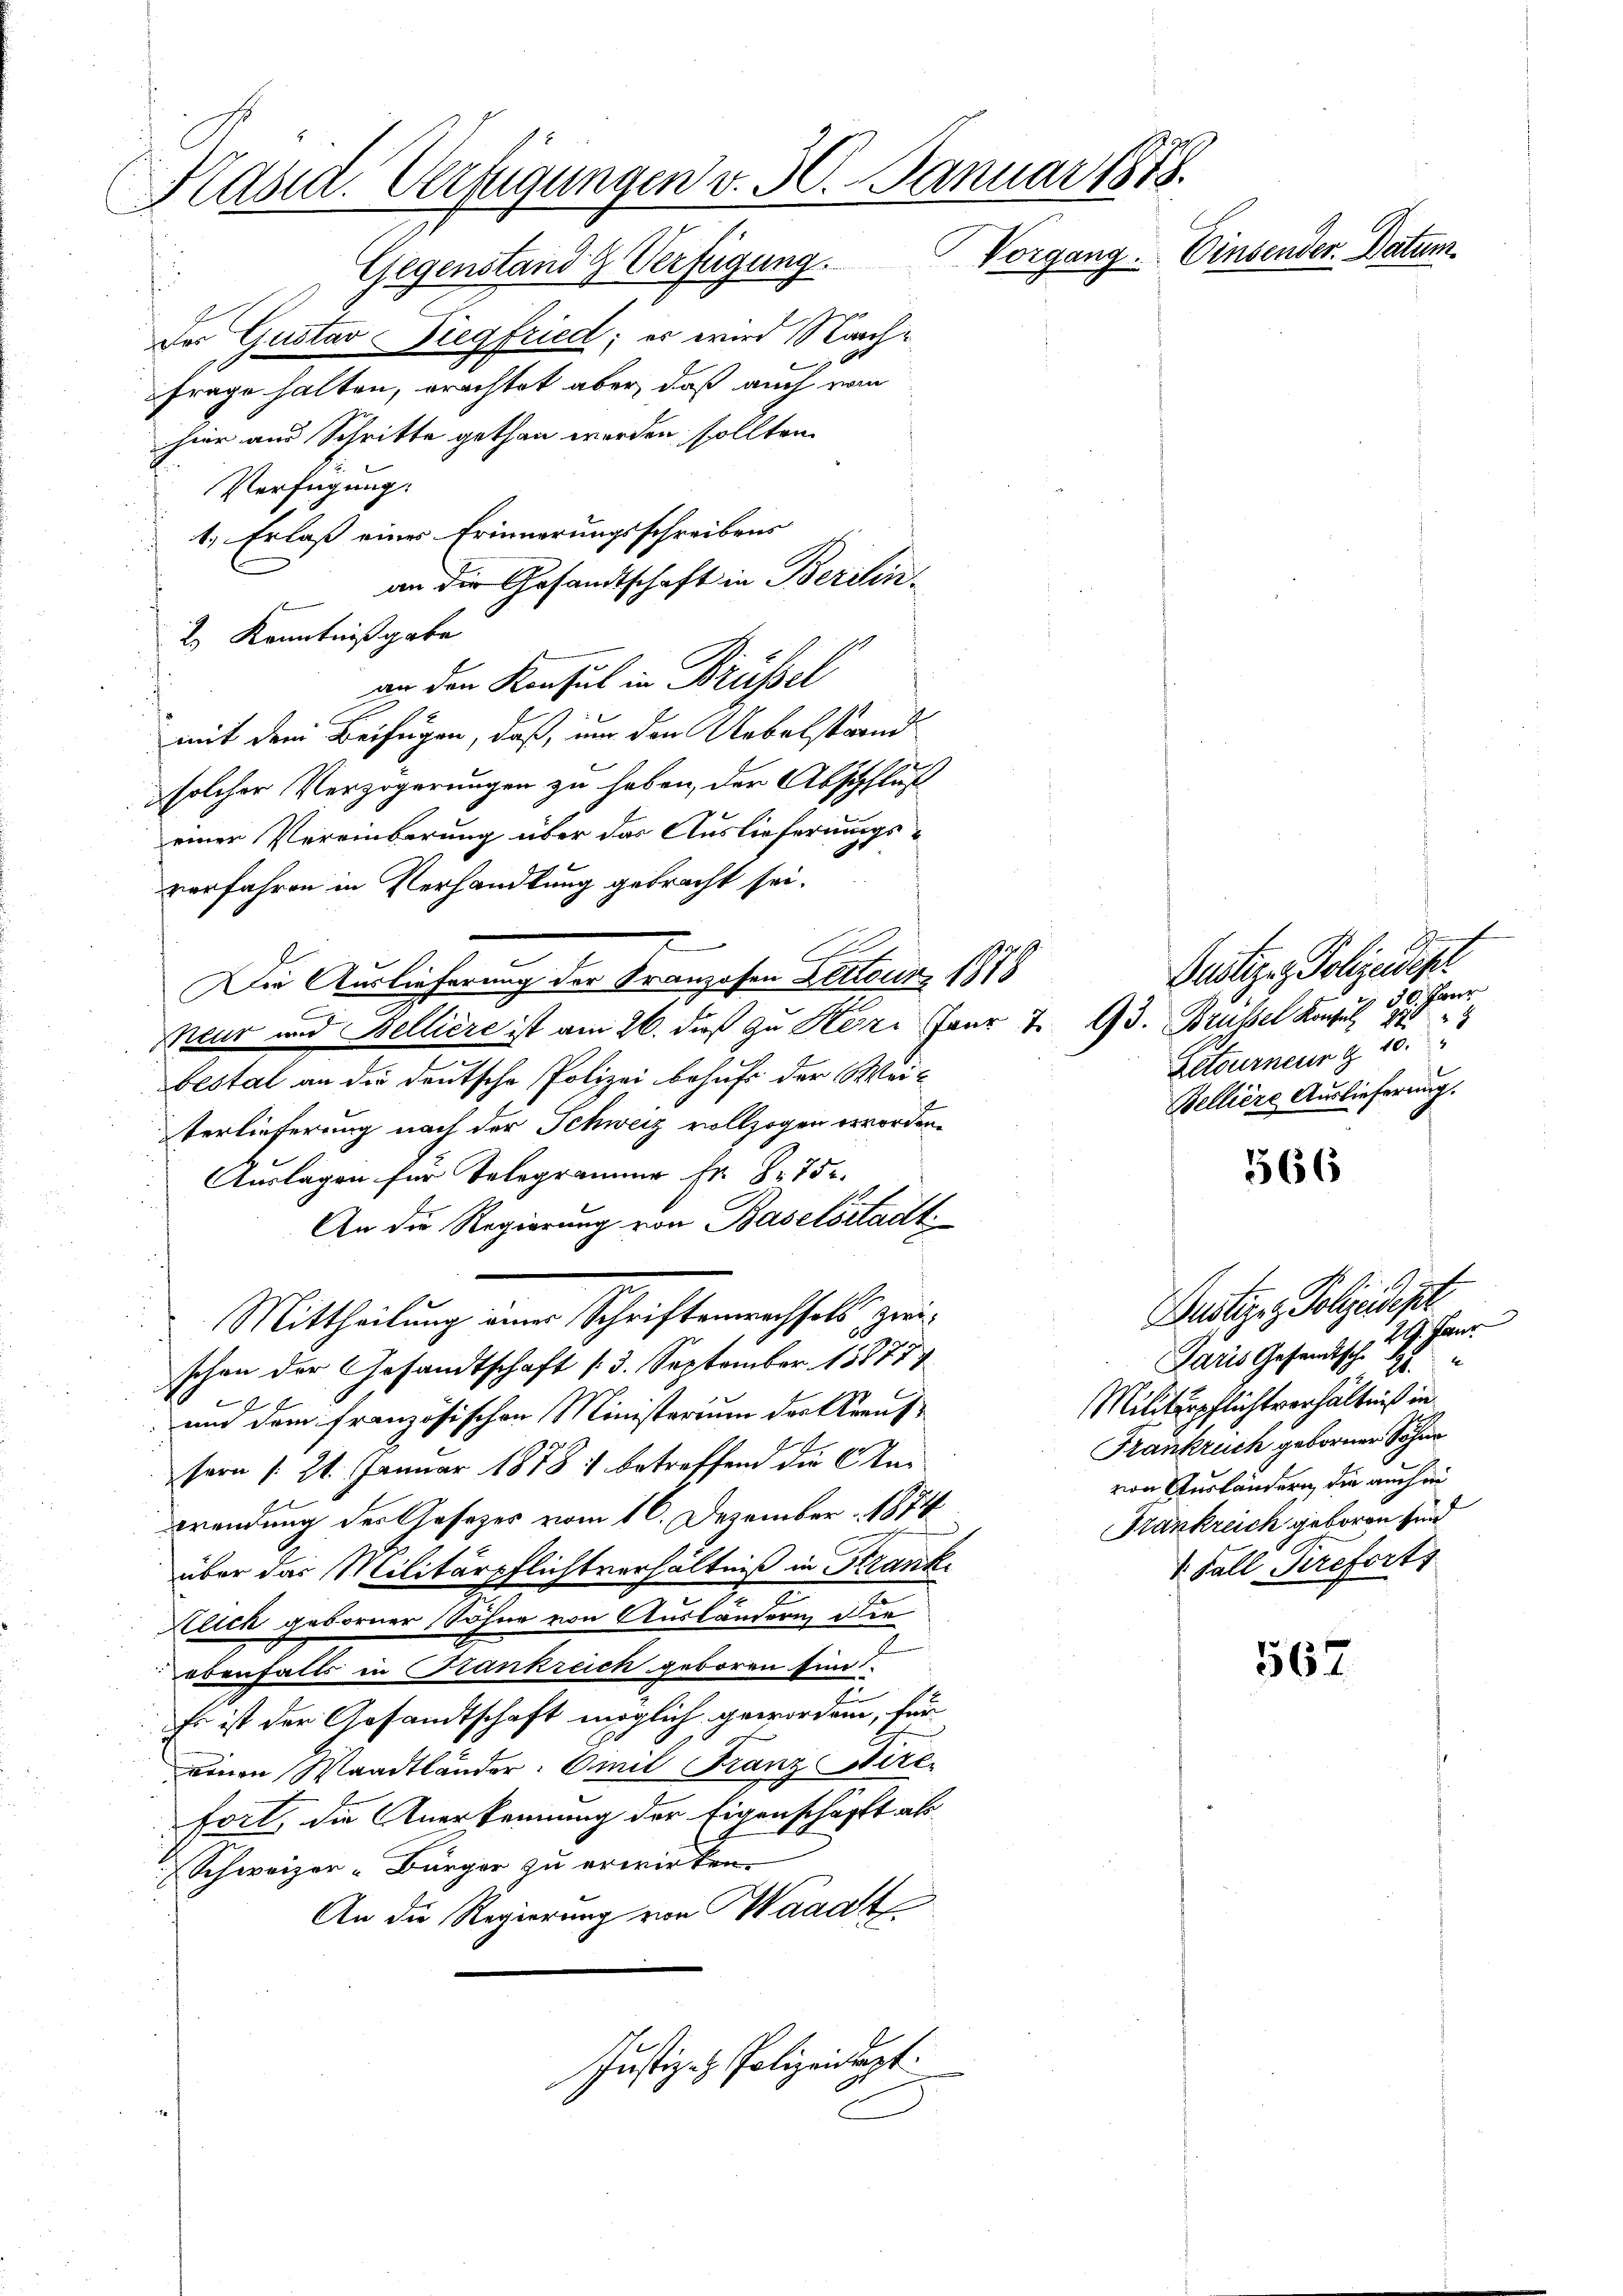
Kasia. Verfügungen v. 30. Januar 1878.
Vorgang. Einsender Datum
Gegenstand & Verfügung.

Des Gustav Siegfried; er wird Nachfrage halten, erachtet aber, daß auch vom
hier aus Schritte gethan werden sollten.
Verfügung:
1.) Erlaß eines Erinnerungsschreibens
an die Gesandtschaft in Berein¬
2. Kenntnißgabe
an den Konsul in Brüssel
mit dem Beifügen, daß, um den Uebelständ
solcher Verzögerungen zu haben, der Abschfluß
einer Vereinbarung über das Auslieferungsverfahren in Verhandlung gebracht sei.
J.
Die Auslieferung der Franzosen Zetteur 1878
C
neur und Belliere ist am 26. daß zu Herr Für 7 93. Brüssel Konsul 889
u
bestal an die deutsche Polizei behufs der Weiterlieferung nach der Schweiz vollzogen erworden.
Auslagen für Telegrammer Fr. 875.
An die Regierung von Baselstadt
Mittheilung eines Schriftenwechsels zweischon der Gesandtschaft (3. September 188774
und dem französischen Ministerium der Kraut
sern § 21. Januar 1878 betreffend die Mei-
wendung der Gesetzes vom 16. Dezember 1874
über das Militärpflichtverhältniß in Krank
Klick geborner Söhne von Ausländern die
ebenfalls in Krankreich geboren sind.
Es ist der Gesandtschaft möglich geworden, für
einen Waadtländer: Omit Franz Dire
fort, die Anerkennung der Eigenschafft als
Schweizer-Bürger zu erwirken.
An die Regierung von Waadt
Justiz- & Polizeidept.

Gustiz - Polizeidig
50. Für
Retourneur & 10.
Belliere Auslieferung.

566

Frankruch geborner Sohne
von Ausländern, die auch ei
Frankreich geboren sind
1. Fall Sreforts

g
Justiz- & Polizeidipr
Paris Gesamtsch. 29. Haur
S
Militärpflichtverhältniß in

562